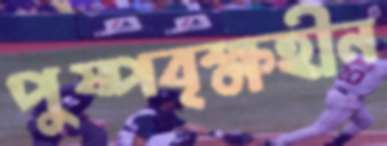
পুষ্পবৃক্ষহীন